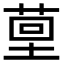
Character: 𮏤